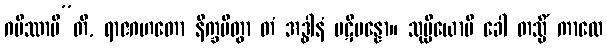
ဂမိဿာမီ”တိ, ရာဇဂဟတော နိက္ခမိတွာ တံ အဒ္ဓါနံ ပဋိပန္နော။ သုပ္ပိယောပိ ခေါ တသ္မိံ ကာလေ